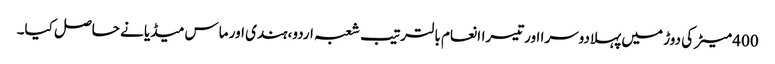
400 میٹر کی دوڑ میں پہلادوسرا اورتیسراانعام بالترتیب شعبہ اردو،ہندی اور ماس میڈیا نے حاصل کیا۔